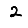
Digit: 2